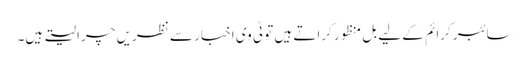
سائبر کرائم کے لیے بل منظور کراتے ہیں تو ٹی وی اخبار سے نظریں چرا لیتے ہیں۔